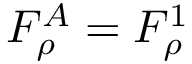
F _ { \rho } ^ { A } = F _ { \rho } ^ { 1 }